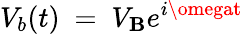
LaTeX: V_{b}(t)~=~V_{\mathbf{B}}e^{i\omegat}